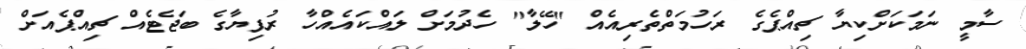
ސާމީ ނަމަކަށްކިޔާ ޗިއްޕެގެ ރަހުމަތްތެރިއެއް "ހޭލާ" ހެދުމަށް ލައްކައެއްހާ ރުފިޔާގެ ބަޖެޓެއް ޗިއްޕެއަށް